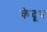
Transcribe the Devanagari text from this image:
केदूध